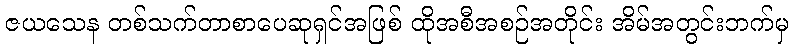
ဇယသေန တစ်သက်တာစာပေဆုရှင်အဖြစ် ထိုအစီအစဉ်အတိုင်း အိမ်အတွင်းဘက်မှ